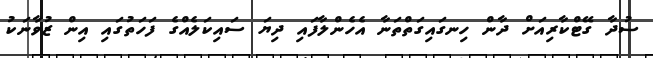
ސުދާ ގޭޓްކާރިއަށް ދާން ހިނގައިގަތްތަނާ އެހެންލާފައި ދިޔަ ސައިކަލެއްގެ ފަހަތުގައި އިން ޒުވާނަކު